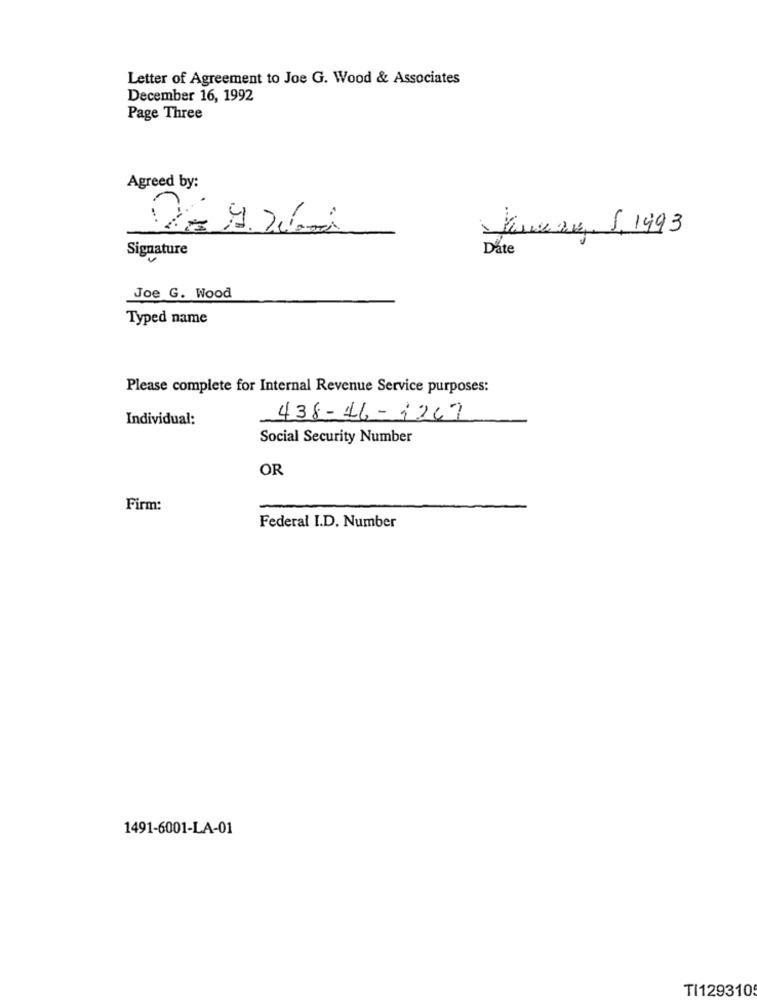
Letter of Agreement to Joe G. Wood & Associates
December 16, 1992
Page Three
Agreed by:
r
Jonere, 5, 1993
Date
Signature
Joe G. Wood
Typed name
Please complete for Internal Revenue Service purposes:
Individual:
438-46- 1267
Social Security Number
OR
Firm:
Federal I.D. Number
1491-6001-LA-01
TI129310